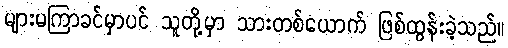
များမကြာခင်မှာပင် သူတို့မှာ သားတစ်ယောက် ဖြစ်ထွန်းခဲ့သည်။